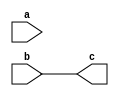
`timescale 1ns / 1ps
//////////////////////////////////////////////////////////////////////////////////
//	This is the 111 selection module. For completion
//
//////////////////////////////////////////////////////////////////////////////////
module mov_mod2(a,b,c);
parameter size=8;

input [size-1:0] a;
input [size-1:0] b;

output [size-1:0] c;

genvar i;
generate
	for(i=0; i<size; i=i+1) begin:modblock
		assign c[i]=b[i];
	end
endgenerate



endmodule